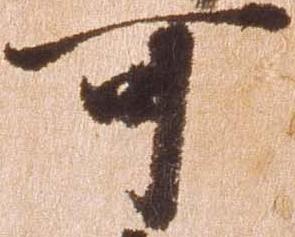
可